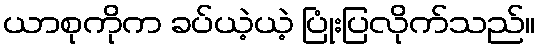
ယာစုကိုက ခပ်ယဲ့ယဲ့ ပြုံးပြလိုက်သည်။